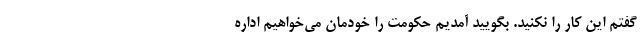
گفتم این کار را نکنید. بگویید آمدیم حکومت را خودمان می‌خواهیم اداره